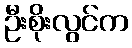
ဦးစိုးလွင်က